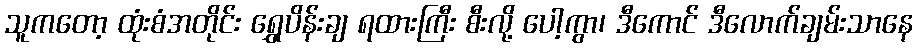
သူကတော့ ထုံးစံအတိုင်း ရွှေပိန်းချ ရထားကြီး စီးလို့ ပေါ့ကွာ၊ ဒီကောင် ဒီလောက်ချမ်းသာနေ